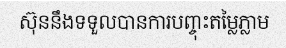
ស៊ុននឹងទទួលបានការបញ្ចុះតម្លៃភ្លាម